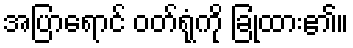
အပြာရောင် ဝတ်ရုံကို ခြုံထား၏။